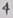
Text: 4